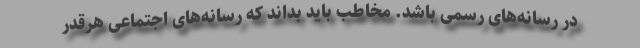
در رسانه‌های رسمی باشد. مخاطب باید بداند که رسانه‌های اجتماعی هرقدر